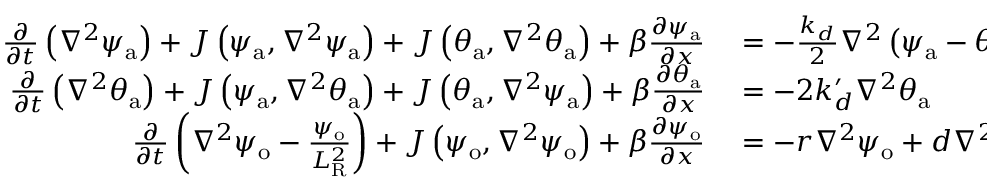
\begin{array} { r l } { \frac { \partial } { \partial t } \left( \nabla ^ { 2 } \psi _ { \mathrm { a } } \right) + J \left( \psi _ { \mathrm { a } } , \nabla ^ { 2 } \psi _ { \mathrm { a } } \right) + J \left( \theta _ { \mathrm { a } } , \nabla ^ { 2 } \theta _ { \mathrm { a } } \right) + \beta \frac { \partial \psi _ { \mathrm { a } } } { \partial x } } & { { } = - \frac { k _ { d } } { 2 } \nabla ^ { 2 } \left( \psi _ { \mathrm { a } } - \theta _ { \mathrm { a } } - \psi _ { \mathrm { o } } \right) } \\ { \frac { \partial } { \partial t } \left( \nabla ^ { 2 } \theta _ { \mathrm { a } } \right) + J \left( \psi _ { \mathrm { a } } , \nabla ^ { 2 } \theta _ { \mathrm { a } } \right) + J \left( \theta _ { \mathrm { a } } , \nabla ^ { 2 } \psi _ { \mathrm { a } } \right) + \beta \frac { \partial \theta _ { \mathrm { a } } } { \partial x } } & { { } = - 2 k _ { d } ^ { \prime } \nabla ^ { 2 } \theta _ { \mathrm { a } } } \\ { \frac { \partial } { \partial t } \left( \nabla ^ { 2 } \psi _ { \mathrm { o } } - \frac { \psi _ { \mathrm { o } } } { L _ { \mathrm { R } } ^ { 2 } } \right) + J \left( \psi _ { \mathrm { o } } , \nabla ^ { 2 } \psi _ { \mathrm { o } } \right) + \beta \frac { \partial \psi _ { \mathrm { o } } } { \partial x } } & { { } = - r \nabla ^ { 2 } \psi _ { \mathrm { o } } + d \nabla ^ { 2 } \left( \psi _ { \mathrm { a } } - \theta _ { \mathrm { a } } - \psi _ { \mathrm { o } } \right) , } \end{array}